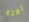
لفتة